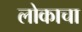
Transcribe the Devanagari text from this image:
लोकाचा